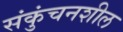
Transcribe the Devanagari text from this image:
संकुंचनशील